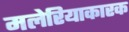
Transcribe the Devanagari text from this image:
मलेरियाकारक